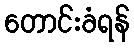
တောင်းခံရန်